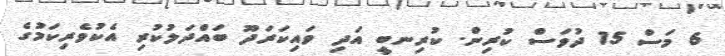
6 މަސް 15 ދުވަސް ކުރިން. ކުރިނބީ އަދި ވައިކަރަދޫ ބައްދަލުކުރި އެކުވެރިކަމުގެ